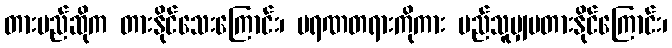
တားမည်ဆိုက တားနိုင်သေးကြောင်း၊ မရဏတရားကိုကား မည်သူမျှမတားနိုင်ကြောင်း၊